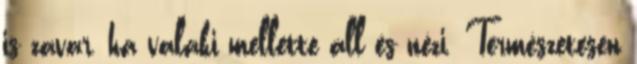
is zavar, ha valaki mellette áll és nézi. Természetesen